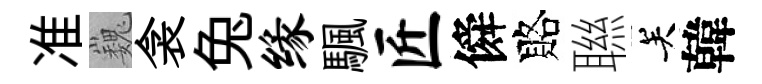
准巍衾兔缘颿匠僢賂聮关韓